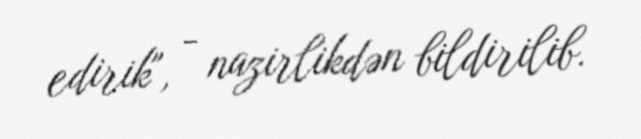
edirik", - nazirlikdən bildirilib.